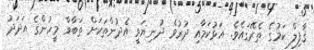
ޤާފިލް ކަމުގެ ތެރޭގައެވެ. އަޅުކަމާއި ދުރުވެ ދުނިޔަވީ އެދުންތަކަށް ތަބާވާ މީހުންގެ އަދަދު